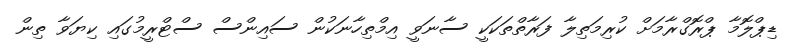
ޑިޕްލޮމާ ޕްރޮގްރާމަށް ކުރިމަތިލާ ފަރާތްތަކަކީ ސާނަވީ އިމްތިހާނަކުން ސައިންސް ސްޓްރީމުގައި ކިޔަވާ ތިން